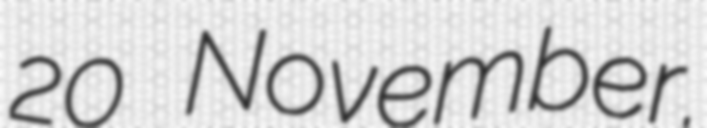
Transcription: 20 November.